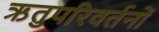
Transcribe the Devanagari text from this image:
ऋतुपरिवर्तनों